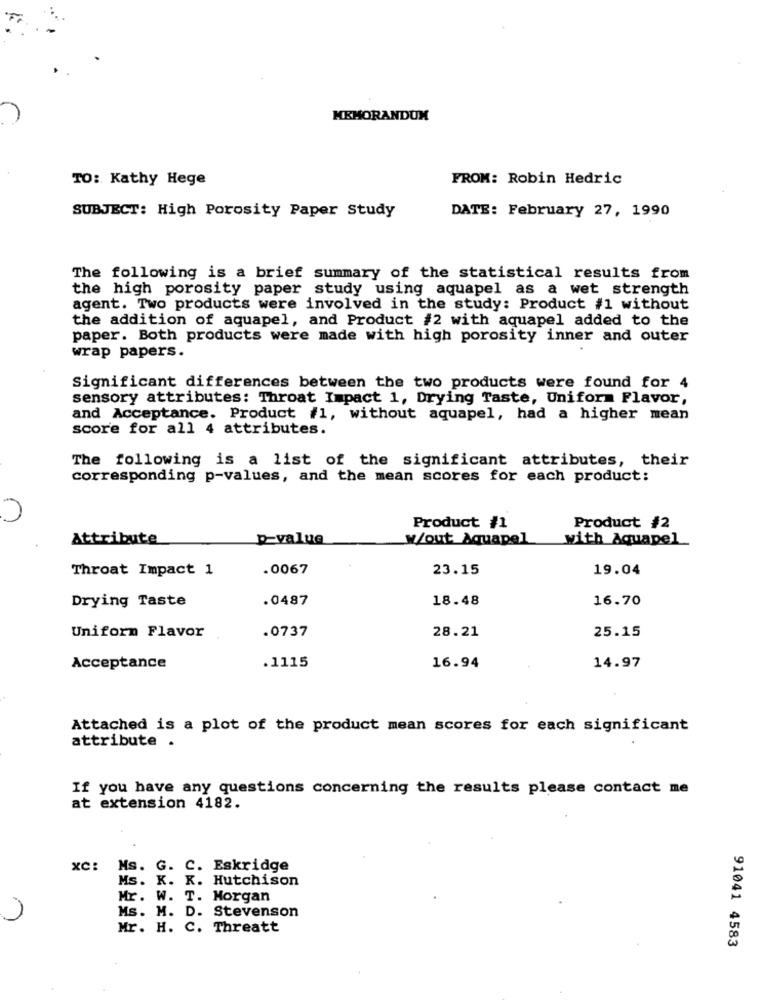
MEMORANDUM
TO: Kathy Hege
FROM: Robin Hedric
DATE: February 27, 1990
SUBJECT: High Porosity Paper Study
The following is a brief summary of the statistical results from
the high porosity paper study using aquapel as a wet strength
agent. Two products were involved in the study: Product #1 without
the addition of aquapel, and Product #2 with aquapel added to the
paper. Both products were made with high porosity inner and outer
wrap papers.
Significant differences between the two products were found for 4
sensory attributes: Throat Impact 1, Drying Taste, Uniform Flavor,
and Acceptance. Product #1, without aquapel, had a higher mean
score for all 4 attributes.
The following is a list of the significant attributes, their
corresponding p-values, and the mean scores for each product:
Product #1
Product #2
Attribute
p-value
W/out_ Aquapel
with Aquapel
Throat Impact 1
.0067
23.15
19.04
Drying Taste
.0487
18.48
16.70
.0737
28.21
25.15
Uniform Flavor
Acceptance
.1115
16.94
14.97
Attached is a plot of the product mean scores for each significant
attribute .
If you have any questions concerning the results please contact me
at extension 4182.
xc: Ms. G. C. Eskridge
Ms. K. K. Hutchison
Mr. W. T. Morgan
Ms. M. D. Stevenson
Mr. H. C. Threatt
91041 4583